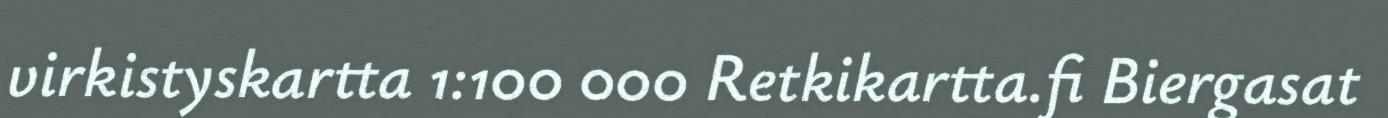
virkistyskartta 1:100 000 Retkikartta.fi Biergasat